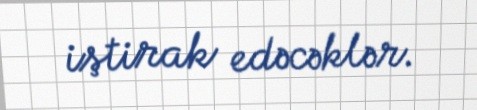
iştirak edəcəklər.